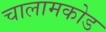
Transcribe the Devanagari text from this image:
चालामकोड